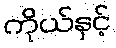
ကိုယ်နှင့်